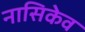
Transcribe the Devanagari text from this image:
नासिकेव